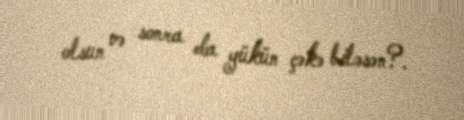
olsun və sonra da yükün çəkə biləsən?.